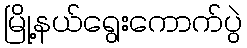
မြို့နယ်ရွေးကောက်ပွဲ